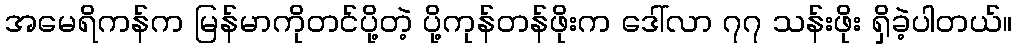
အမေရိကန်က မြန်မာကိုတင်ပို့တဲ့ ပို့ကုန်တန်ဖိုးက ဒေါ်လာ ၇၇ သန်းဖိုး ရှိခဲ့ပါတယ်။